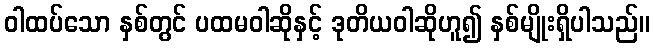
ဝါထပ်သော နှစ်တွင် ပထမဝါဆိုနှင့် ဒုတိယဝါဆိုဟူ၍ နှစ်မျိုးရှိပါသည်။